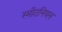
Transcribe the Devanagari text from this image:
स्मीटनियन